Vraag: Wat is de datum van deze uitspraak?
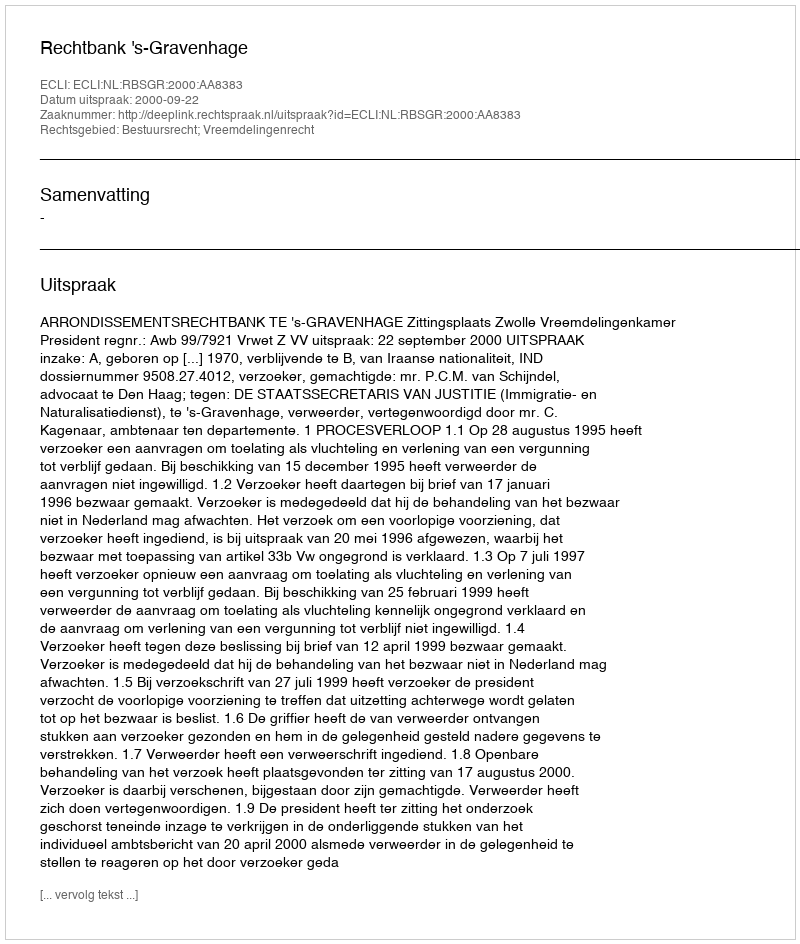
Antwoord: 2000-09-22